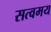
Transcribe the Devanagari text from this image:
सत्वमय